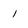
Character: 1